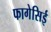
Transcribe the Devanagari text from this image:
फागेसिई